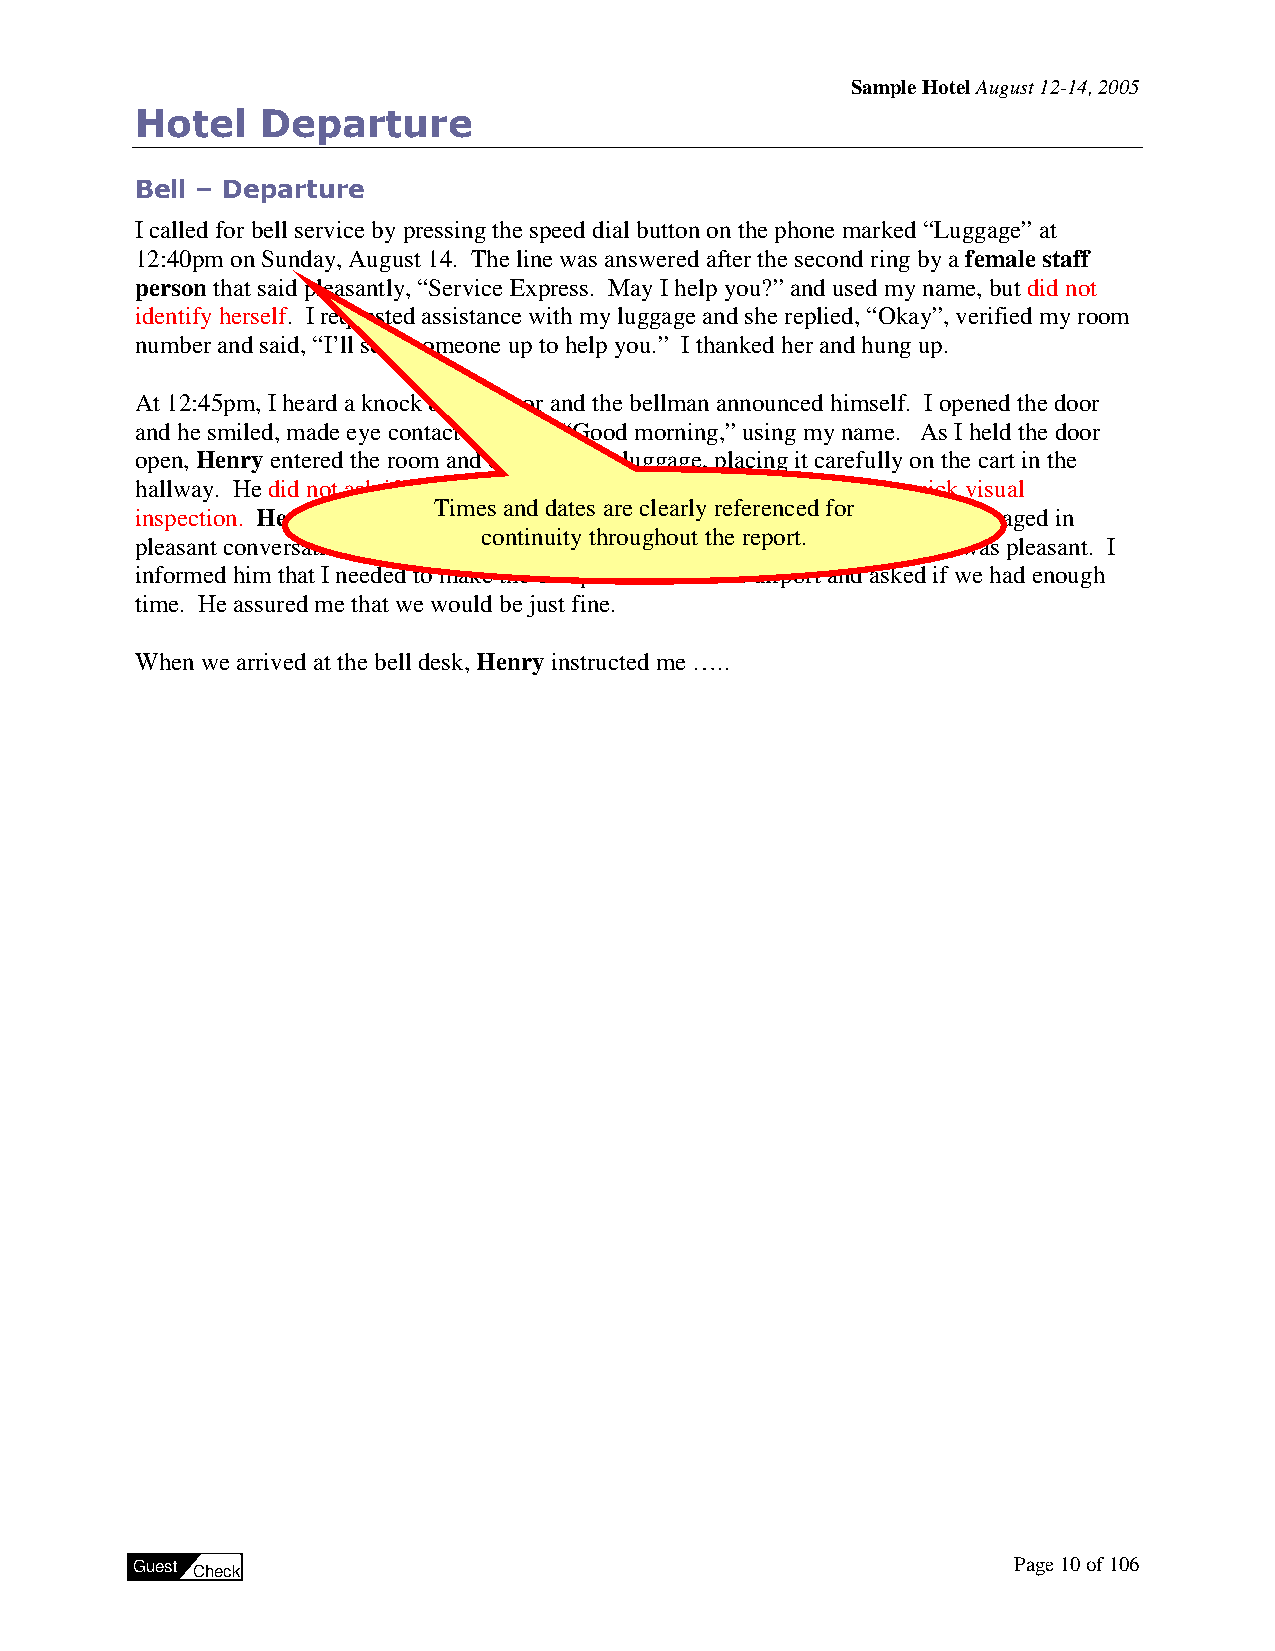
Sample Hotel August 12-14, 2005
 Hotel   Departure
 Bell – Departure
 I called for bell service by pressing the speed dial button on the phone marked “Luggage” at
 12:40pm on Sunday, August 14. The line was answered after the second ring by a female staff
 person that said pleasantly, “Service Express. May I help you?” and used my name, but did not
 identify herself. I requested assistance with my luggage and she replied, “Okay”, verified my room
 number and said, “I’ll send someone up to help you.” I thanked her and hung up.
 At 12:45pm, I heard a knock on my door and the bellman announced himself. I opened the door
 and he smiled, made eye contact and said, “Good morning,” using my name. As I held the door
 open, Henry entered the room and collected my luggage, placing it carefully on the cart in the
 hallway. He did not ask if I had remembered everything and did not make a quick visual
 Times and dates are clearly referenced for
 inspection. Henry inquired how my stay was and asked if I were on vacation. He engaged in
 continuity throughout the report.
 pleasant conversation as we walked to the elevator. He provided right of way and was pleasant. I
 informed him that I needed to make the 1:30pm shuttle to the airport and asked if we had enough
 time. He assured me that we would be just fine.
 When we arrived at the bell desk, Henry instructed me …..
 Guest Check                                               Page 10 of 106